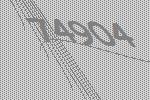
74904